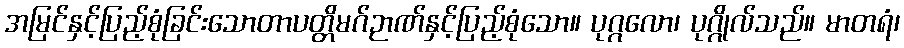
အမြင်နှင့်ပြည့်စုံခြင်းသောတာပတ္တိမဂ်ဉာဏ်နှင့်ပြည့်စုံသော။ ပုဂ္ဂလော၊ ပုဂ္ဂိုလ်သည်။ မာတရံ၊